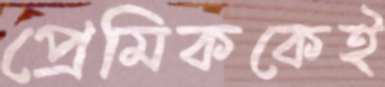
প্রেমিককেই